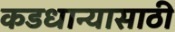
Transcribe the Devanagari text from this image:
कडधान्यासाठी